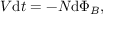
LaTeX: V { \mathrm { d } t } = - N \mathrm { d } \Phi _ { B } , \,